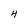
Character: H